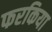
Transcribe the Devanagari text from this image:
फरकिया